Account of plague administration in the Bombay Presidency from September 1896 till May 1897
Year: 1896
Disease focus: Plague
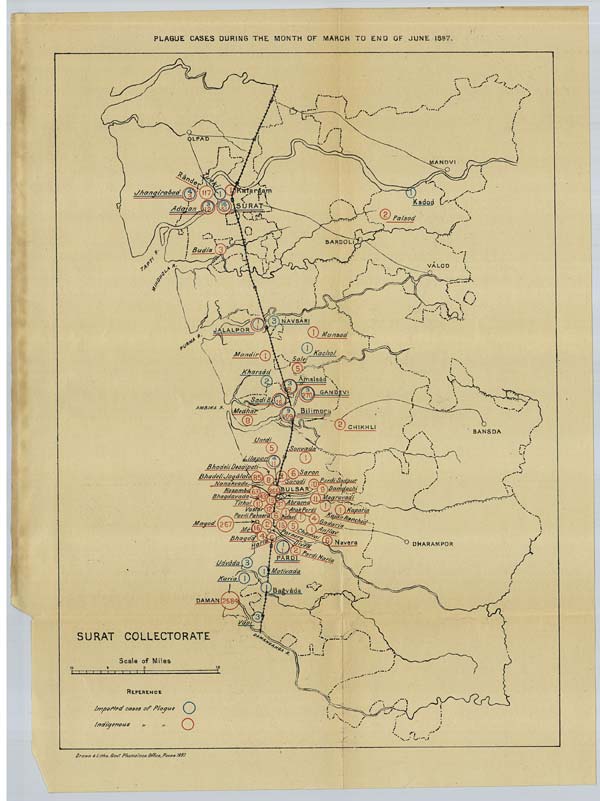
PLAGUE CASES DURING THE MONTH OF MARCH TO END OF JUNE 1897.
Drawn & Litho. Govt. Photozinco: Office, Poona 1897.